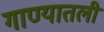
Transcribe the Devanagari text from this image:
गाण्यातली